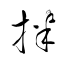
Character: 拌